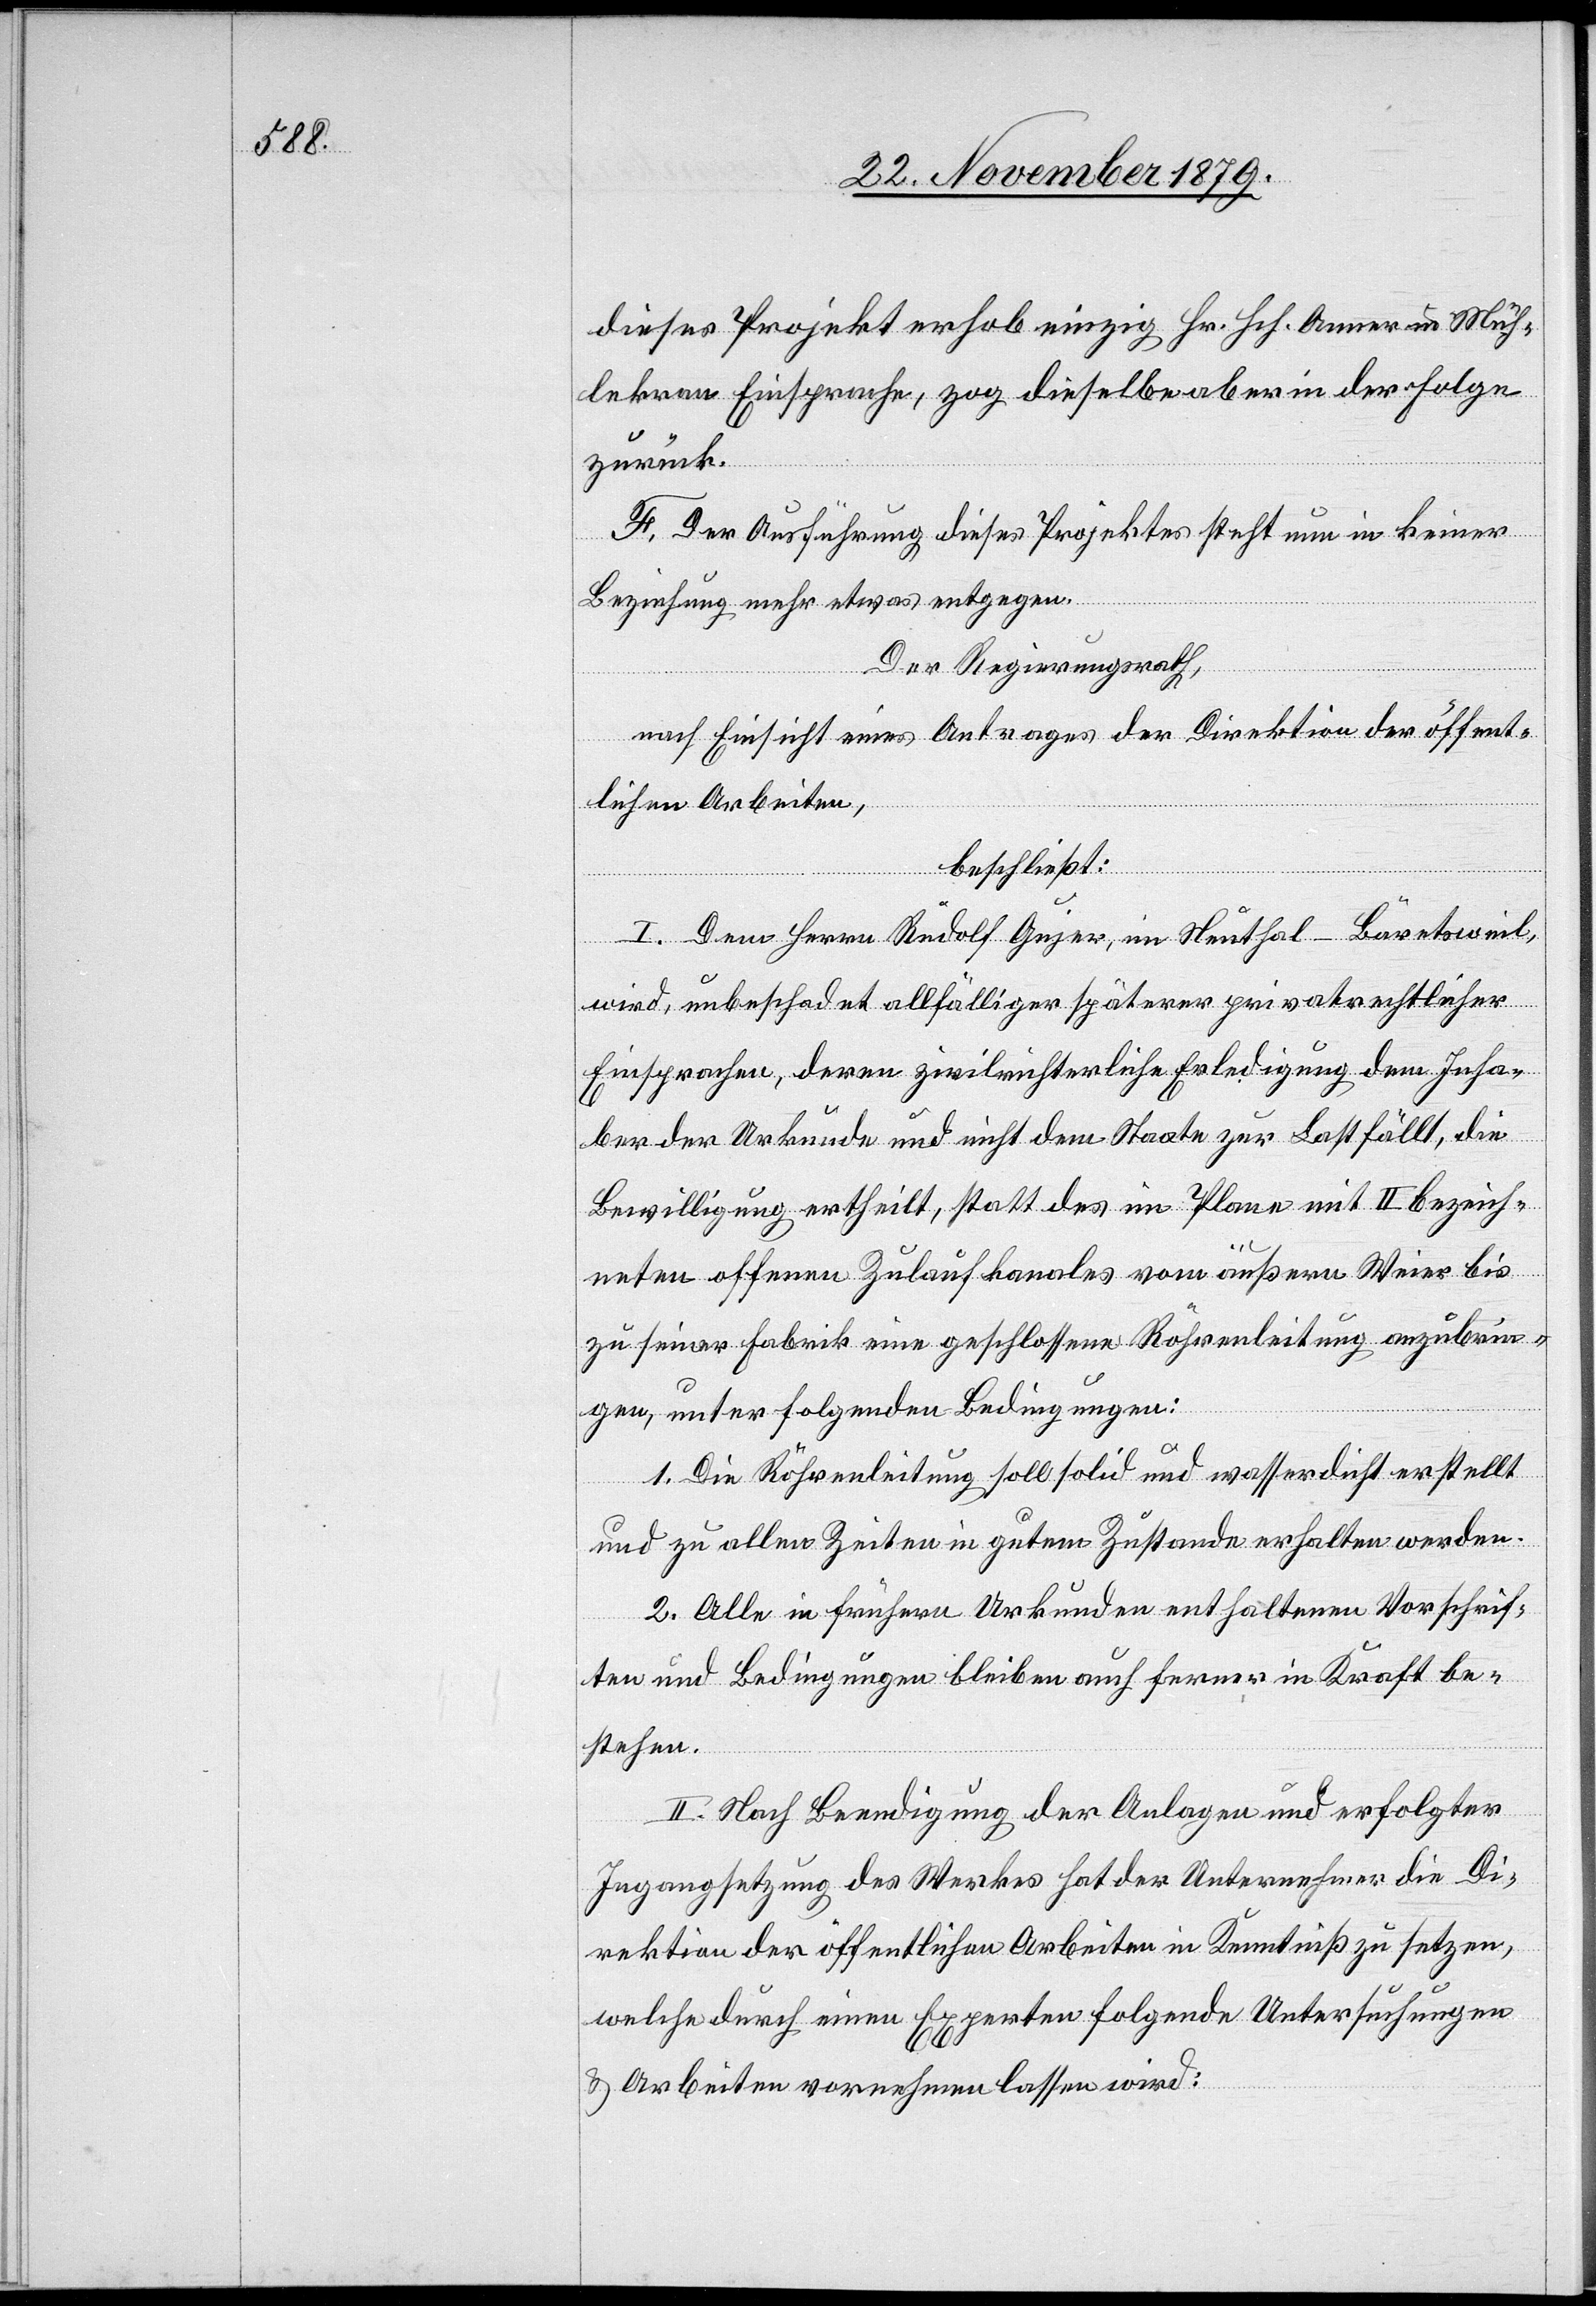
dieses Projekt erhob einzig Hr. Hch. Anner in Müh¬
lekran Einsprache, zog dieselbe aber in der Folge
zurück.
E. Der Ausführung dieses Projektes steht nun in keiner
Beziehung mehr etwas entgegen.
Der Regierungsrath,
nach Einsicht eines Antrages der Direktion der öffent¬
lichen Arbeiten,
beschließt:
I. Dem Herrn Rudolf Gujer, im Neuthal - Bäretsweil,
wird, unbeschadet allfälliger späterer privatrechtlicher
Einsprachen, deren zivilrechtliche Erledigung dem Inha¬
ber der Urkunde und nicht dem Staate zur Last fällt, die
Bewilligung ertheilt, statt des im Plane mit II bezeich¬
neten offenen Zulaufkanals vom äußern Weier bis
zu seiner Fabrik eine geschlossene Röhrenleitung anzubrin¬
gen, unter folgenden Bedingungen:
1. Die Röhrenleitung soll solid und wasserdicht erstellt
und zu allen Zeiten in gutem Zustande erhalten werden.
2. Alle in frühern Urkunden enthaltenen Vorschrif¬
ten und Bedingungen bleiben auch ferner in Kraft be¬
stehen.
II. Nach Beendigung der Anlagen und erfolgter
Ingangsetzung des Werkes hat der Unternehmer die Di¬
rektion der öffentlichen Arbeiten in Kenntniß zu setzen,
welche durch einen Experten folgende Untersuchungen
& Arbeiten vornehmen lassen wird: